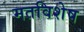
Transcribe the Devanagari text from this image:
मतविशेष